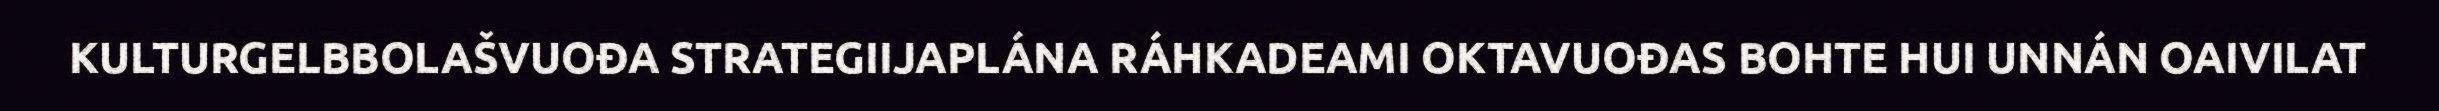
KULTURGELBBOLAŠVUOĐA STRATEGIIJAPLÁNA RÁHKADEAMI OKTAVUOĐAS BOHTE HUI UNNÁN OAIVILAT